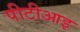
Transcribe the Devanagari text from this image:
पीटीआइ